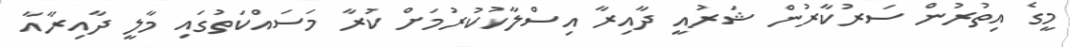
މީގެ އިތުރުން ސަރުކާރުން ޝަރުއީ ދާއިރާ އިސްލާހުކުރުމަށް ކުރާ މަސައްކަތުގައި މާލީ ދާއިރާއާ